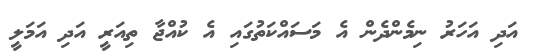
އަދި އަހަރު ނިމެންދެން އެ މަސައްކަތުގައި އެ ކުއްޖާ ތިއަރީ އަދި އަމަލީ